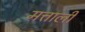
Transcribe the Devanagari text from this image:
मत्ताली